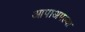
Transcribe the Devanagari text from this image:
आपाअपल्या